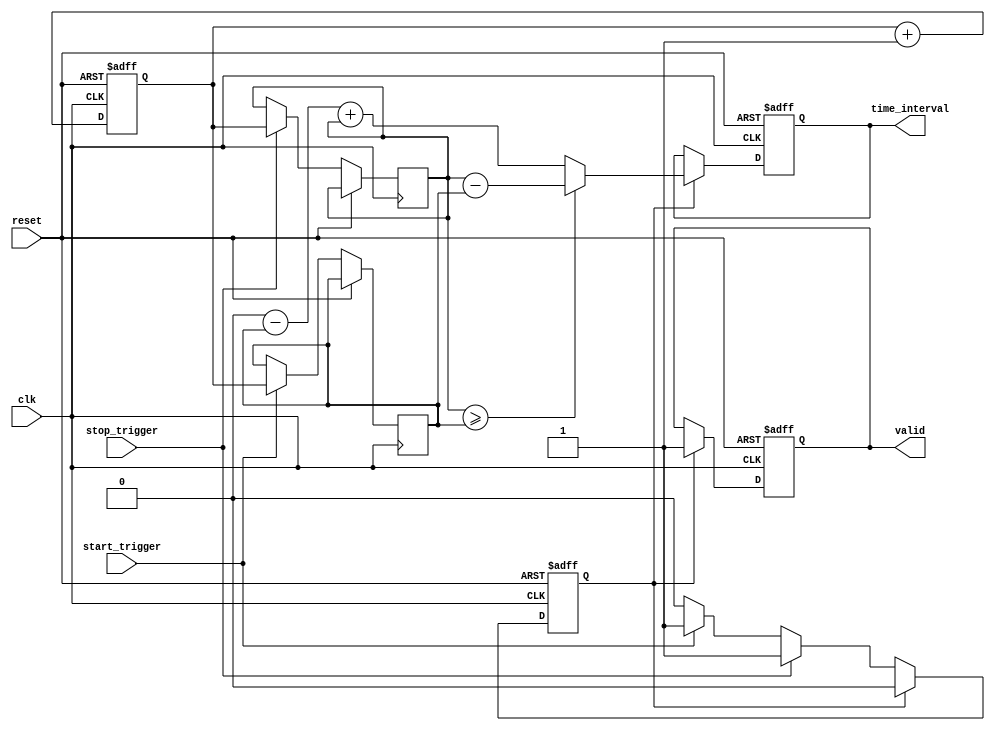
module tdc (
    input wire clk,                    // High-speed clock (100 MHz)
    input wire reset,                  // Asynchronous reset
    input wire start_trigger,          // START event trigger
    input wire stop_trigger,           // STOP event trigger
    output reg [31:0] time_interval,   // Output time interval
    output reg valid                   // Output valid signal
);

// Parameters
parameter DEPTH = 1024;              // Memory depth for storing events

// Internal signals
reg [31:0] counter;                   // Timestamp counter
reg [31:0] start_timestamp;           // Stores START timestamp
reg [31:0] stop_timestamp;            // Stores STOP timestamp
reg [9:0] write_ptr;                  // Write pointer for memory
reg memory_valid;                     // Memory valid flag

// Dual-port memory (represented as a register array)
reg [31:0] timestamp_memory[0:DEPTH-1];

// Clock counter
always @(posedge clk or posedge reset) begin
    if (reset) begin
        counter <= 32'b0;
    end else begin
        counter <= counter + 1; // Increment counter with each clock
    end
end

// Event capture logic
always @(posedge clk or posedge reset) begin
    if (reset) begin
        write_ptr <= 0;
        time_interval <= 0;
        valid <= 0;
        memory_valid <= 0;
    end else begin
        if (start_trigger) begin
            start_timestamp <= counter; // Capture the timestamp for START
            timestamp_memory[write_ptr] <= start_timestamp; // Store in memory
            write_ptr <= write_ptr + 1; // Increment write pointer
            memory_valid <= 1;
        end
        if (stop_trigger) begin
            stop_timestamp <= counter; // Capture the timestamp for STOP
            timestamp_memory[write_ptr] <= stop_timestamp; // Store in memory
            write_ptr <= write_ptr + 1; // Increment write pointer
            memory_valid <= 1;
        end
        if (memory_valid) begin
            valid <= 1; // Signal that valid data is available
            // Calculate the time interval, handle overflow
            if (stop_timestamp >= start_timestamp) begin
                time_interval <= stop_timestamp - start_timestamp;
            end else begin
                // Handle overflow (simple example)
                time_interval <= (2**32 - start_timestamp) + stop_timestamp;
            end
            memory_valid <= 0; // Reset memory valid signal
        end
    end
end

endmodule